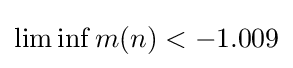
\liminf m(n)<-1.009